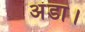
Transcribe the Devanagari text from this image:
अंडा।